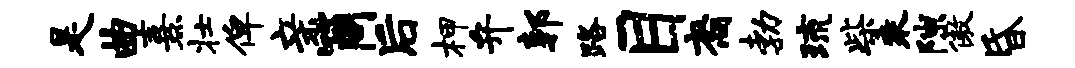
是曲熹壮俾亲筒后柙弁郭路目裔勃琉柴乘隙傲昏